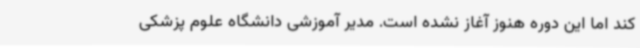
کند اما این دوره هنوز آغاز نشده است. مدیر آموزشی دانشگاه علوم پزشکی